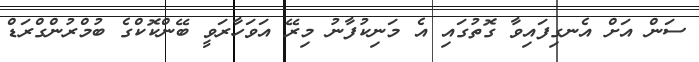
ސަން އަށް އެނގިފައިވާ ގޮތުގައި އެ މަނިކުފާނު މިރޭ އަވަހާރަވީ ބޭންކޮކްގެ ބުމްރުންގްރަޑް